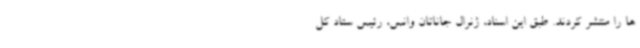
ها را منتشر کردند. طبق این اسناد، ژنرال جاناتان وانس، رئیس ستاد کل